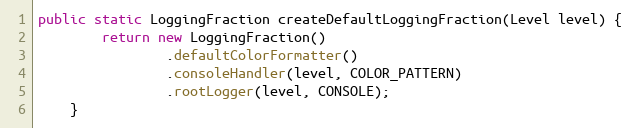
Language: Java
public static LoggingFraction createDefaultLoggingFraction(Level level) {
        return new LoggingFraction()
                .defaultColorFormatter()
                .consoleHandler(level, COLOR_PATTERN)
                .rootLogger(level, CONSOLE);
    }